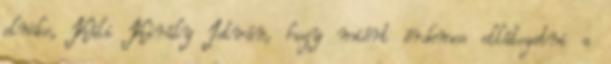
elnöke, Káli Király István, hogy miért érdemes ellátogatni a